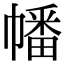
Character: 幡